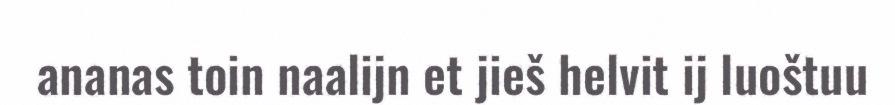
ananas toin naalijn et jieš helvit ij luoštuu